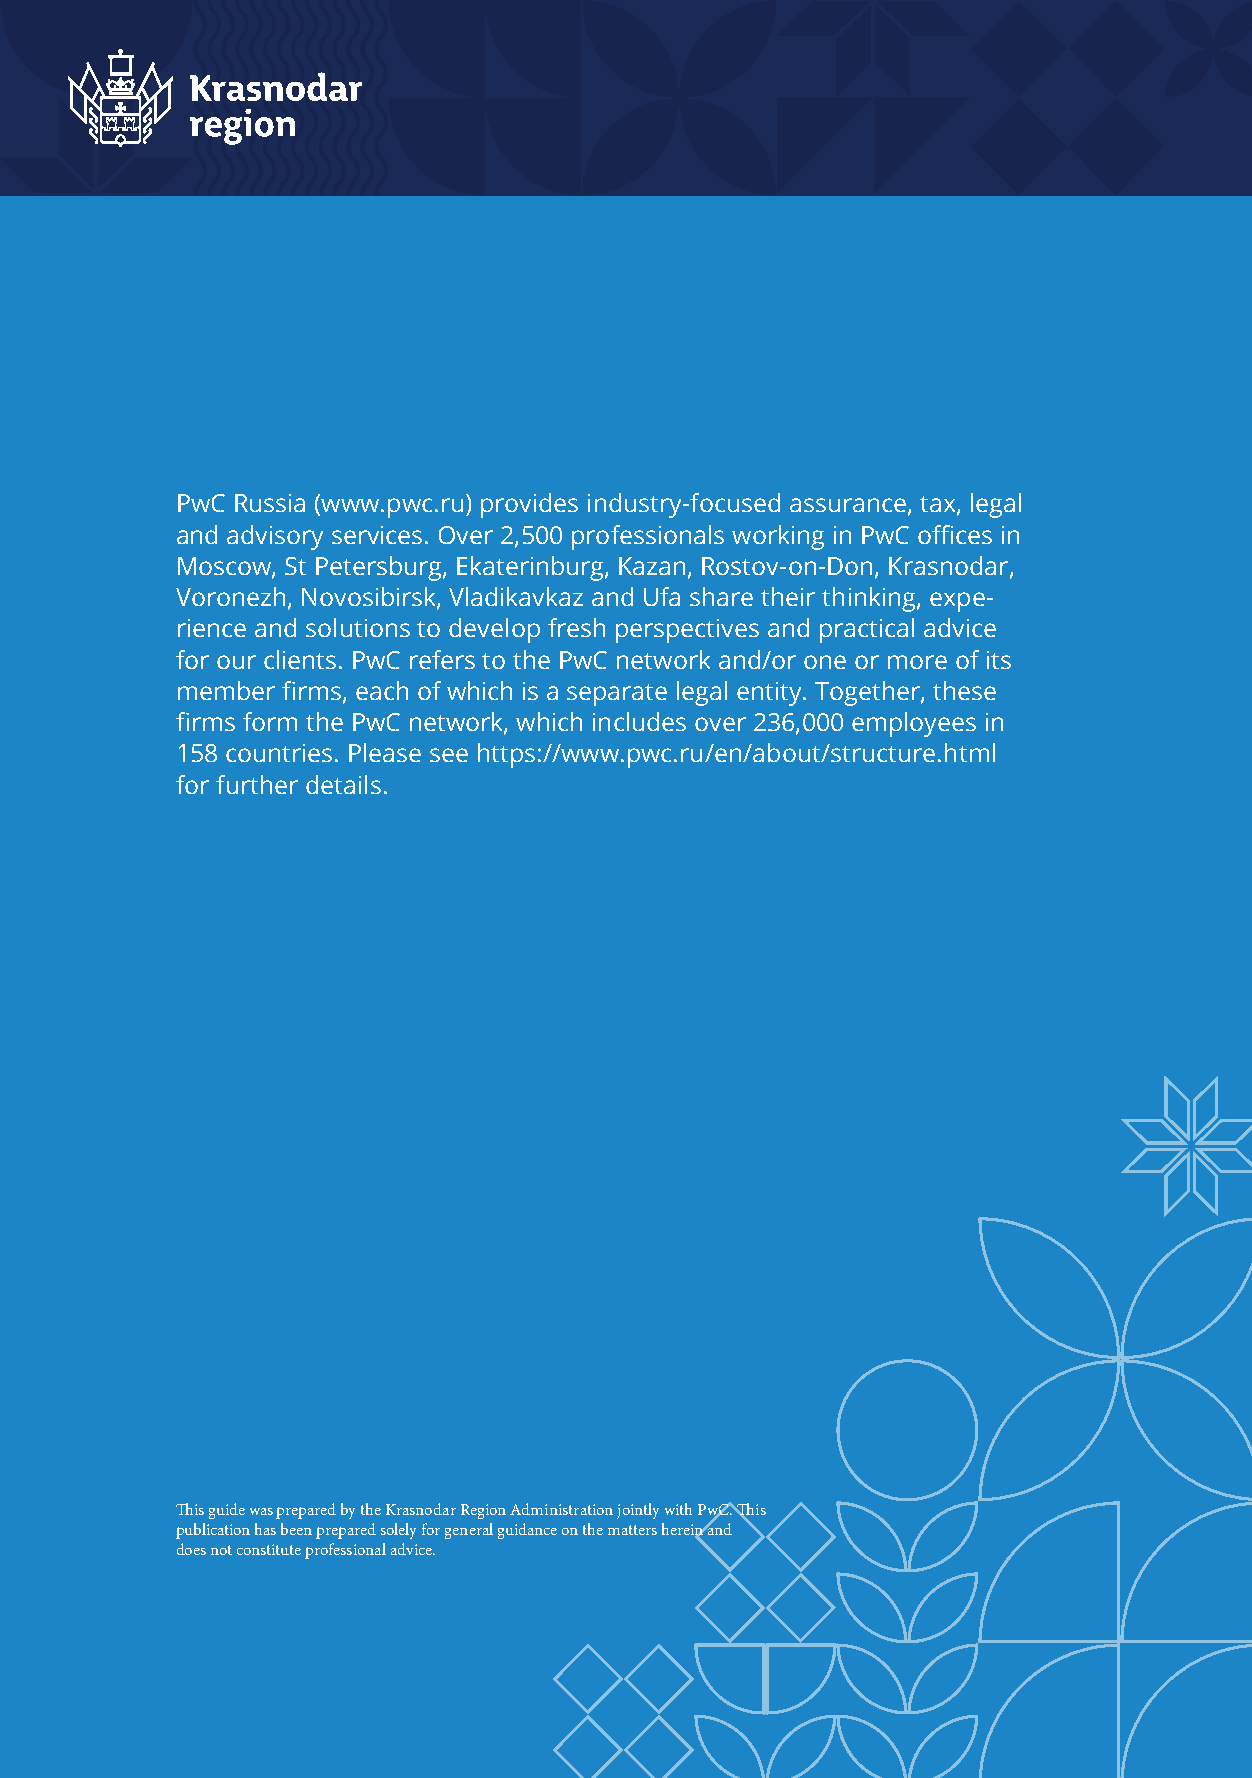
PwC Russia (www.pwc.ru) provides industry-focused assurance, tax, legal
 and advisory services. Over 2,500 professionals working in PwC offices in
 Moscow, St Petersburg, Ekaterinburg, Kazan, Rostov-on-Don, Krasnodar,
 Voronezh, Novosibirsk, Vladikavkaz and Ufa share their thinking, expe-
 rience and solutions to develop fresh perspectives and practical advice
 for our clients. PwC refers to the PwC network and/or one or more of its
 member firms, each of which is a separate legal entity. Together, these
 firms form the PwC network, which includes over 236,000 employees in
 158 countries. Please see https://www.pwc.ru/en/about/structure.html
 for further details.
 This guide was prepared by the Krasnodar Region Administration jointly with PwC. This
 publication has been prepared solely for general guidance on the matters herein and
 does not constitute professional advice.
 II PwC Guide to Investment